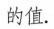
的值.